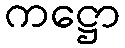
ကဋ္ဌော